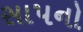
સાપનો